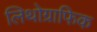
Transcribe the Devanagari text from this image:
लिथोग्राफिक